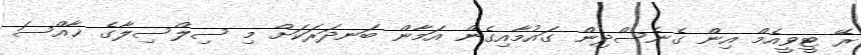
ރޭ ޓީވީއެމް އިން ގެނެސްދިން ގައުމާއިގެން އަމާން ބަނދަރަކަށް މި ސިލްސިލާގެ ޚާއްސަ